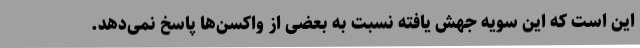
این است که این سویه جهش یافته نسبت به بعضی از واکسن‌ها پاسخ نمی‌دهد.